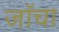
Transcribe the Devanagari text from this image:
जॉचा